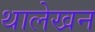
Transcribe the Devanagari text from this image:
थालेखन